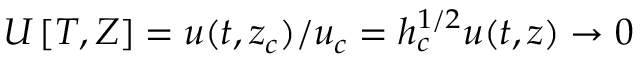
U \left[ T , Z \right] = u ( t , z _ { c } ) / u _ { c } = h _ { c } ^ { 1 / 2 } u ( t , z ) \to 0